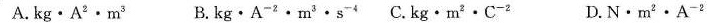
A. k g · A ^ { 2 } · m ^ { 3 } B. k g · A ^ { - 2 } · m ^ { 3 } · s C. kg· m ^ { 2 } · C ^ { - 2 } D. N · m ^ { 2 } · A ^ { - 2 }